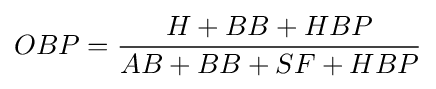
OBP={\frac {H+BB+HBP}{AB+BB+SF+HBP}}